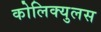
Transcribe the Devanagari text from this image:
कोलिक्युलस